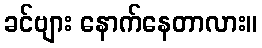
ခင်ဗျား နောက်နေတာလား။